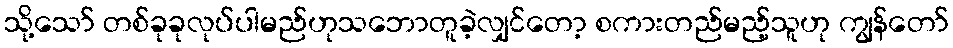
သို့သော် တစ်ခုခုလုပ်ပါမည်ဟုသဘောတူခဲ့လျှင်တော့ စကားတည်မည့်သူဟု ကျွန်တော်